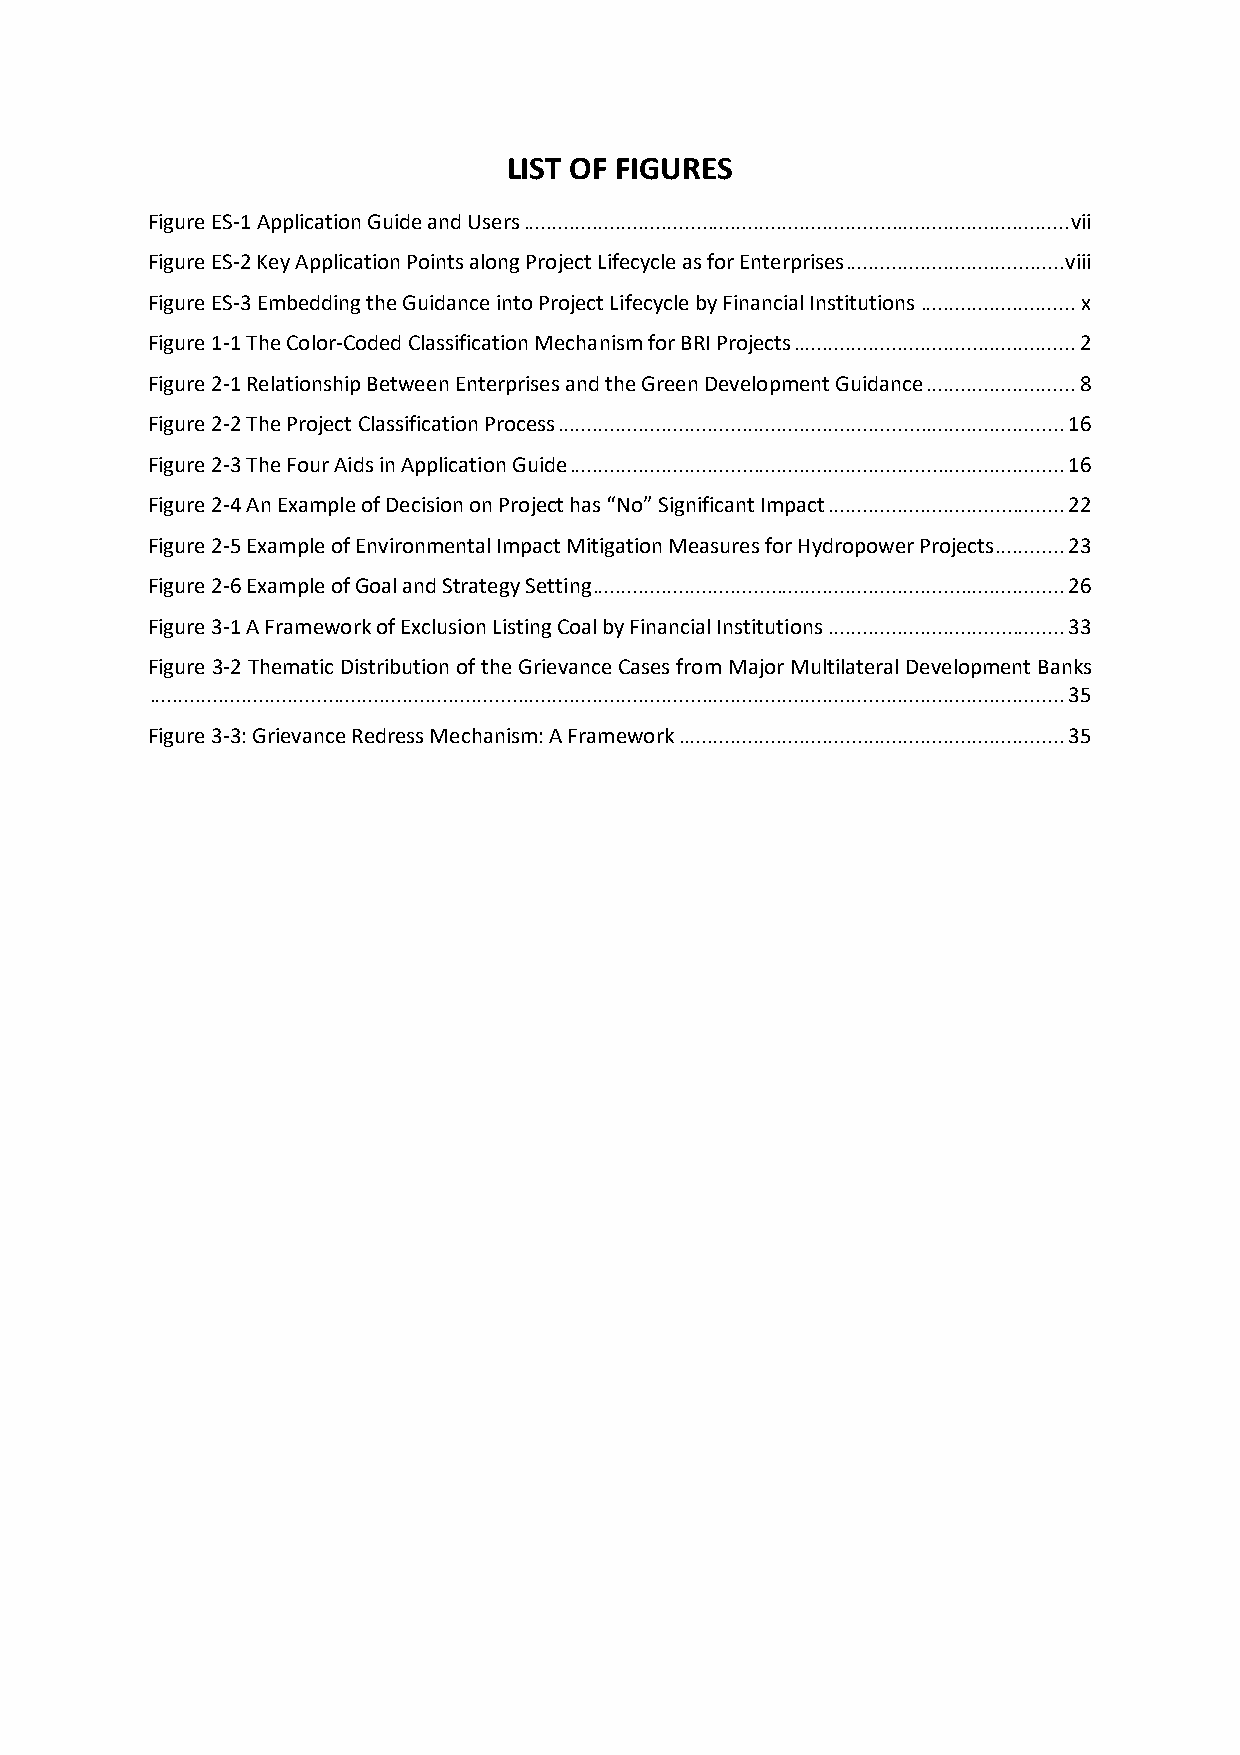
LIST OF FIGURES
 Figure ES-1 Application Guide and Users ............................................................................................... vii
 Figure ES-2 Key Application Points along Project Lifecycle as for Enterprises ...................................... viii
 Figure ES-3 Embedding the Guidance into Project Lifecycle by Financial Institutions ........................... x
 Figure 1-1 The Color-Coded Classification Mechanism for BRI Projects ................................................. 2
 Figure 2-1 Relationship Between Enterprises and the Green Development Guidance .......................... 8
 Figure 2-2 The Project Classification Process ........................................................................................ 16
 Figure 2-3 The Four Aids in Application Guide ...................................................................................... 16
 Figure 2-4 An Example of Decision on Project has “No” Significant Impact ......................................... 22
 Figure 2-5 Example of Environmental Impact Mitigation Measures for Hydropower Projects ............ 23
 Figure 2-6 Example of Goal and Strategy Setting .................................................................................. 26
 Figure 3-1 A Framework of Exclusion Listing Coal by Financial Institutions ......................................... 33
 Figure 3-2 Thematic Distribution of the Grievance Cases from Major Multilateral Development Banks
 ............................................................................................................................................................... 35
 Figure 3-3: Grievance Redress Mechanism: A Framework ................................................................... 35